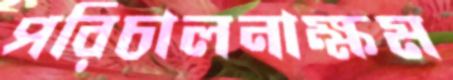
পরিচালনাক্ষম